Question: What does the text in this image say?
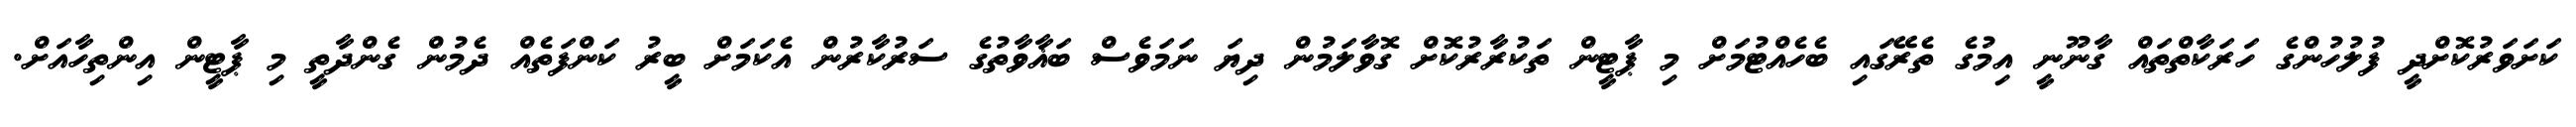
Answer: ކަށަވަރުކޮށްދީ ފުލުހުންގެ ހަރަކާތްތައް ގާނޫނީ އިމުގެ ތެރޭގައި ބެހެއްޓުމަށް މި ޕާޓީން ތަކުރާރުކޮށް ގޮވާލަމުން ދިޔަ ނަމަވެސް ބަޣާވާތުގެ ސަރުކާރުން އެކަމަށް ބީރު ކަންފަތެއް ދެމުން ގެންދާތީ މި ޕާޓީން އިންތިހާއަށް.